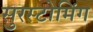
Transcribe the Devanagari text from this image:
सुरस्टोमिंग